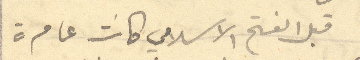
قبل الفتح الاسلامي كانت عامرة